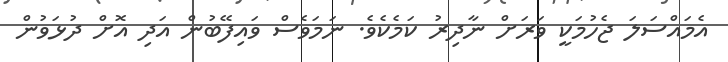
އެމައްސަލަ ޖެހުމަކީ ވަރަށް ނާދިރު ކަމެކެވެ. ނަމަވެސް ވައިފޭބުން އަދި އޮށް ދުޅަވުން